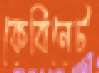
কেবিনেট